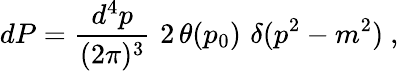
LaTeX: dP={\frac{d^{4}p}{(2\pi)^{3}}}\, \, 2\, \theta(p_{0})\, \, \delta(p^{2}-m^{2})\ ,